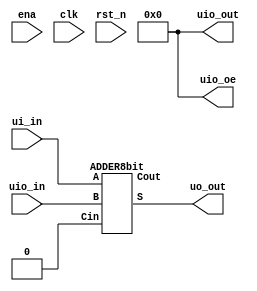



/*
 * Copyright (c) 2024 Your Name
 * SPDX-License-Identifier: Apache-2.0
 */

`default_nettype none

module tt_um_example (
    input  wire [7:0] ui_in,    // Dedicated inputs
    output wire [7:0] uo_out,   // Dedicated outputs
    input  wire [7:0] uio_in,   // IOs: Input path
    output wire [7:0] uio_out,  // IOs: Output path
    output wire [7:0] uio_oe,   // IOs: Enable path (active high: 0=input, 1=output)
    input  wire       ena,      // always 1 when the design is powered, so you can ignore it
    input  wire       clk,      // clock
    input  wire       rst_n     // reset_n - low to reset
);

  // All output pins must be assigned. If not used, assign to 0.
  assign uio_out = 0;
  assign uio_oe  = 0;
  ADDER8bit a(
    .A (ui_in),
    .B (uio_in),
    .Cin (1'b0),
    .S (uo_out),
    .Cout ()
  );
  // List all unused inputs to prevent warnings
  wire _unused = &{ena, clk, rst_n, 1'b0};

endmodule


module ADDER2bit (
  input wire A, B, Cin,
  output wire S, Cout
);
  wire x1,x2,x3;
  
  assign x1 = A^B;
  assign S = x1^Cin;
  assign x2 = x1 & Cin;
  assign x3 = A & B;
  assign Cout = x2 | x3;
  
endmodule

module ADDER8bit(
  input wire [7:0] A,B,
  input wire Cin,
  output wire [7:0] S,
  output wire Cout
);
  wire [8:0] C;
  
  assign C[0]=Cin;
  assign Cout=C[8];
  
  ADDER2bit a0(
    .A (A[0]),
    .B (B[0]),
    .Cin (C[0]),
    .S (S[0]),
    .Cout (C[1])
  );
  ADDER2bit a1(
    .A (A[1]),
    .B (B[1]),
    .Cin (C[1]),
    .S (S[1]),
    .Cout (C[2])
  );
  ADDER2bit a2(
    .A (A[2]),
    .B (B[2]),
    .Cin (C[2]),
    .S (S[2]),
    .Cout (C[3])
  );
  ADDER2bit a3(
    .A (A[3]),
    .B (B[3]),
    .Cin (C[3]),
    .S (S[3]),
    .Cout (C[4])
  );
  ADDER2bit a4(
    .A (A[4]),
    .B (B[4]),
    .Cin (C[4]),
    .S (S[4]),
    .Cout (C[5])
  );
  ADDER2bit a5(
    .A (A[5]),
    .B (B[5]),
    .Cin (C[5]),
    .S (S[5]),
    .Cout (C[6])
  );
  ADDER2bit a6(
    .A (A[6]),
    .B (B[6]),
    .Cin (C[6]),
    .S (S[6]),
    .Cout (C[7])
  );
  ADDER2bit a7(
    .A (A[7]),
    .B (B[7]),
    .Cin (C[7]),
    .S (S[7]),
    .Cout (C[8])
  );
endmodule